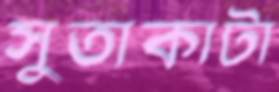
সুতাকাটা